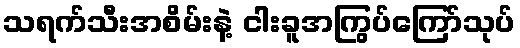
သရက်သီးအစိမ်းနဲ့ ငါးခူအကြွပ်ကြော်သုပ်